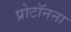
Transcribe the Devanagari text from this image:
प्रोटॉनना